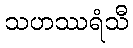
သဟဿရံသီ